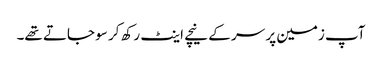
آپ زمین پر سر کے نیچے اینٹ رکھ کر سو جاتے تھے۔